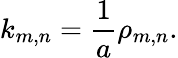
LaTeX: k_{m,n}={\frac{1}{a}}\rho_{m,n}.